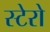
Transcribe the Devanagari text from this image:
स्टेरो